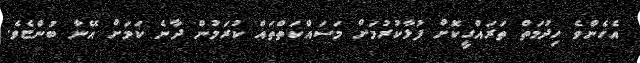
އެހެންވެ ހިދުމަތް ތަރައްގީކޮށް ފުޅާކުރުމަށް މަސައްކަތްތައް ކުރަމުން ދާނެ ކަމަށް އޭނާ ބުންޏެވެ.